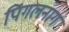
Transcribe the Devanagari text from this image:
पिंगलनाग